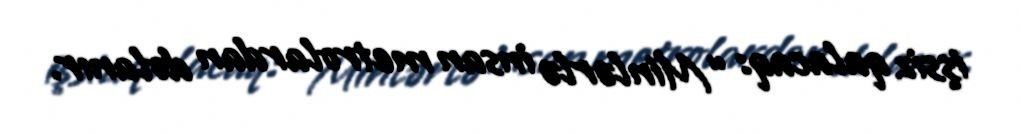
işsiz qalacaq: “Minlərlə insan metrolardan dolanır.